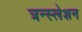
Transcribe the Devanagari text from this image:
त्रन्स्लेशन